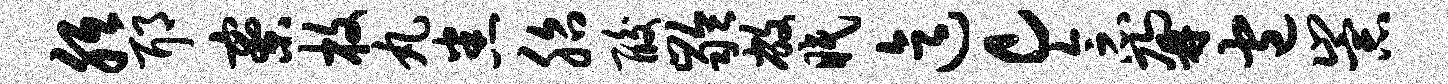
胝耶寮枚丸悉胎酸龄敝眠迄c念鼐包崇